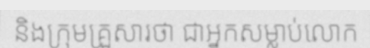
និងក្រុមគ្រួសារថា ជាអ្នកសម្លាប់លោក